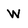
Character: w